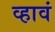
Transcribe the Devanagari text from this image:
व्‍हावं